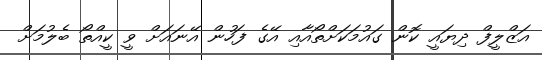
އަޒްލީފް ދިޔައީ ކޮން ގައުމަކަށްތޯއާއި އޭގެ ފަހުން އޭނައަށް ވީ ކީއްތޯ ބެލުމަށް